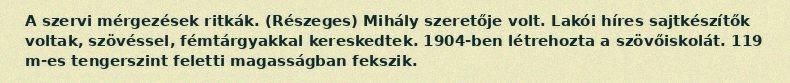
A szervi mérgezések ritkák. (Részeges) Mihály szeretője volt. Lakói híres sajtkészítők voltak, szövéssel, fémtárgyakkal kereskedtek. 1904-ben létrehozta a szövőiskolát. 119 m-es tengerszint feletti magasságban fekszik.